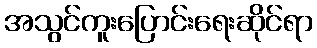
အသွင်ကူးပြောင်းရေးဆိုင်ရာ